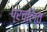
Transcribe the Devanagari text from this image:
प्रचलित